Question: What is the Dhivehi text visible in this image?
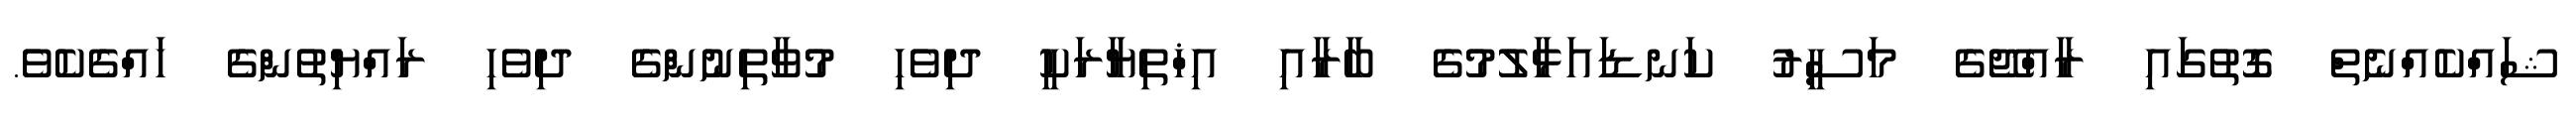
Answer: ޝައްކެއްނެތް ގޮތުގައި ރާއްޖޭގެ މަސީރު ކަނޑައަޅާލުމުގެ ބާރާއި އިޚްތިޔާރަކީ ދިވެހި މުވާތިނުންގެ ދިވެހި ރައްޔިތުންގެ ހައްގެކެވެ.